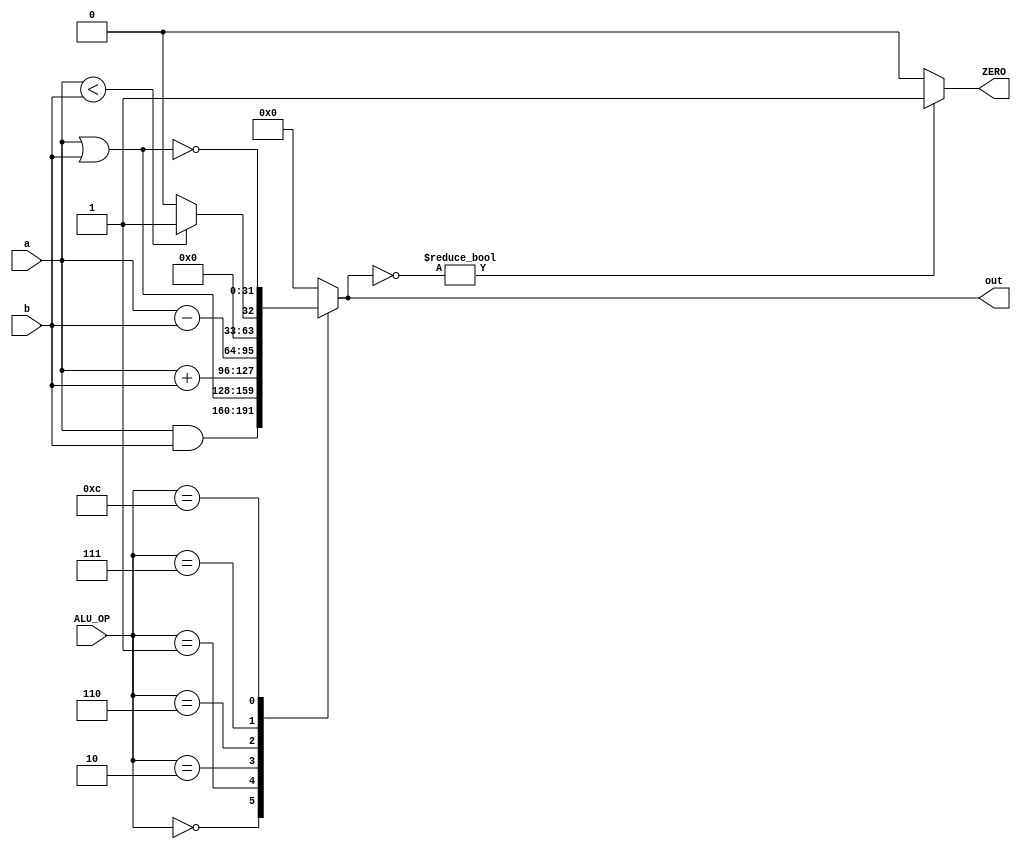
`timescale 1ns / 1ps

module Alu(
    input [31:0] a, 
    input [31:0] b, 
    input [3:0] ALU_OP,
    output reg ZERO,
    output reg [31:0] out 
    );
    
    always@(a or b or ALU_OP)
        begin
            ZERO = 0;
            case(ALU_OP)
                4'b0000: out = a & b; // a AND b
                4'b0001: out = a | b; // a OR b
                4'b0010: out = a + b;
                4'b0110: out = a - b;
                4'b0111: out = a < b ? 1 : 0; // SLT (set if less than)
                4'b1100: out = ~(a | b);  // a NOR b
                default: out = 0;
            endcase
            if(~out)
                ZERO = 1;
        end
endmodule